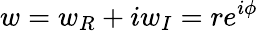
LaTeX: w=w_{R}+iw_{I}=re^{i\phi}